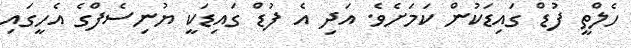
ހެލްތީ ފުޑް ގައިޑަކުން ކަމަށެވެ. އަދި އެ ފުޑް ގައިޑަކީ ޔުނިސެފްގެ އެހީގައި